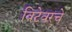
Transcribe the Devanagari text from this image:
विटेवरचे